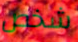
شخص